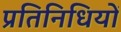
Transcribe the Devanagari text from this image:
प्रतिनिधियों